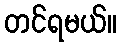
တင်ရမယ်။